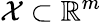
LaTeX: {\cal{X}}\subset\mathbb{R}^{m}